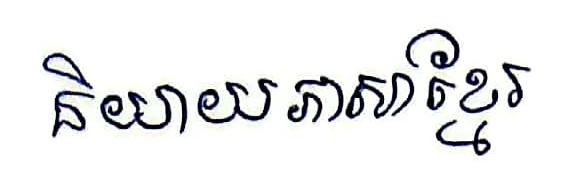
និយាយា ភាសាខ្មែរ